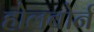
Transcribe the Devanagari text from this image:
होलबोर्न